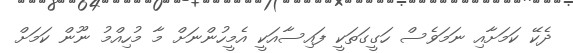
ދެކޭ ކަމަށާއި ނަމަވެސް ހަގީގަތަކީ ފައިސާއަކީ އެމީހުންނަށް މާ މުހިއްމު ނޫން ކަމަށް